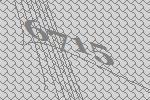
6715